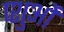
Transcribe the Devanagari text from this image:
प्शुओं